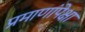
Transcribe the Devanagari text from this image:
प्रमाणांपेक्षा